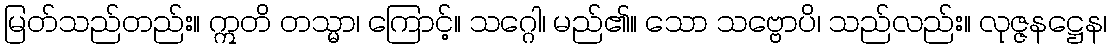
မြတ်သည်တည်း။ ဣတိ တသ္မာ၊ ကြောင့်။ သဂ္ဂေါ၊ မည်၏။ သော သဗ္ဗောပိ၊ သည်လည်း။ လုဇ္ဇနဋ္ဌေန၊